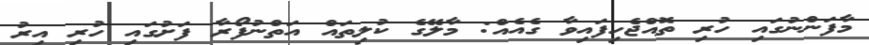
މާފަންނުގައި ހުރި ތޮއްޖެހިފައިވާ ގެއެއް: މާލޭގެ ކުލިތައް އަތްނުފޯރާ ފަށުގައި ހުރި އިރު